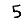
Digit: 5